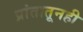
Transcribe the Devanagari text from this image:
प्रांतातूनही